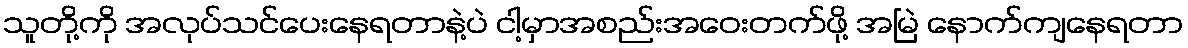
သူတို့ကို အလုပ်သင်ပေးနေရတာနဲ့ပဲ ငါ့မှာအစည်းအဝေးတက်ဖို့ အမြဲ နောက်ကျနေရတာ